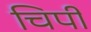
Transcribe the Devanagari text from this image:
चिपी